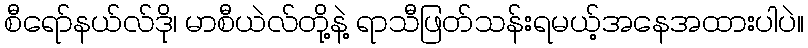
စီရော်နယ်လ်ဒို၊ မာစီယဲလ်တို့နဲ့ ရာသီဖြတ်သန်းရမယ့်အနေအထားပါပဲ။